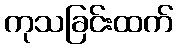
ကုသခြင်းထက်